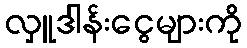
လှူဒါန်းငွေများကို